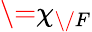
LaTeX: \= \chi_{\/ F}